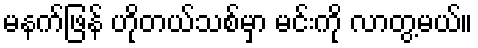
မနက်ဖြန် ဟိုတယ်သစ်မှာ မင်းကို လာတွ့မယ်။